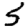
Digit: 5